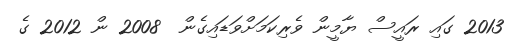
2013 ގައި ރައީސް ޔާމީން ވެރިކަމަށްވަޑައިގެން  2008 ން 2012 ގެ